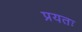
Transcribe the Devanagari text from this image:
प्रयतः